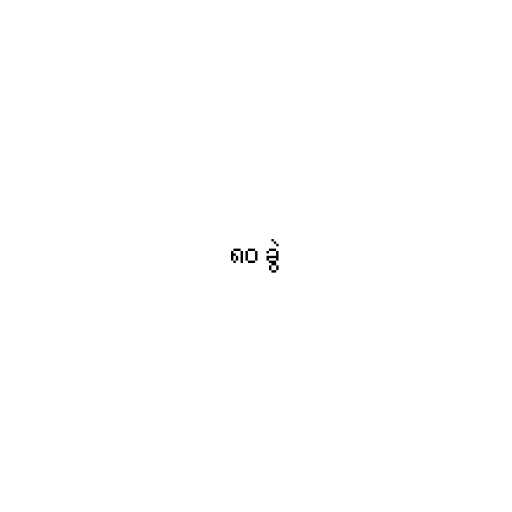
၈၀ ခွဲ